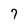
Character: 7